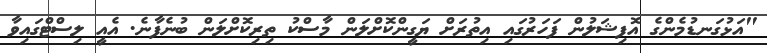
"އަޅުގަނޑުމެންގެ އޮފިޝަލުން ފަހަރުގައި އިތުރަށް ޔަގީންކޮށްލަން މާސްކު ތިރިކޮށްލަން ބުނެފާނެ. އެއީ ލިސްޓްގައިވާ